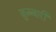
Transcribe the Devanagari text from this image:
क़ुब्बारी